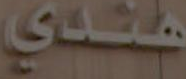
هندي